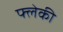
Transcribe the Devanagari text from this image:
फ्लेकी